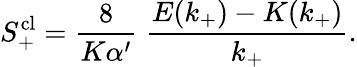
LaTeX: S_{+}^{\mathrm{cl}}=\frac{8}{K\alpha^{\prime}}\; \frac{E(k_{+})-K(k_{+})}{k_{+}}.